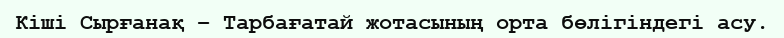
Кіші Сырғанақ – Тарбағатай жотасының орта бөлігіндегі асу.